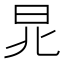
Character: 𣅬